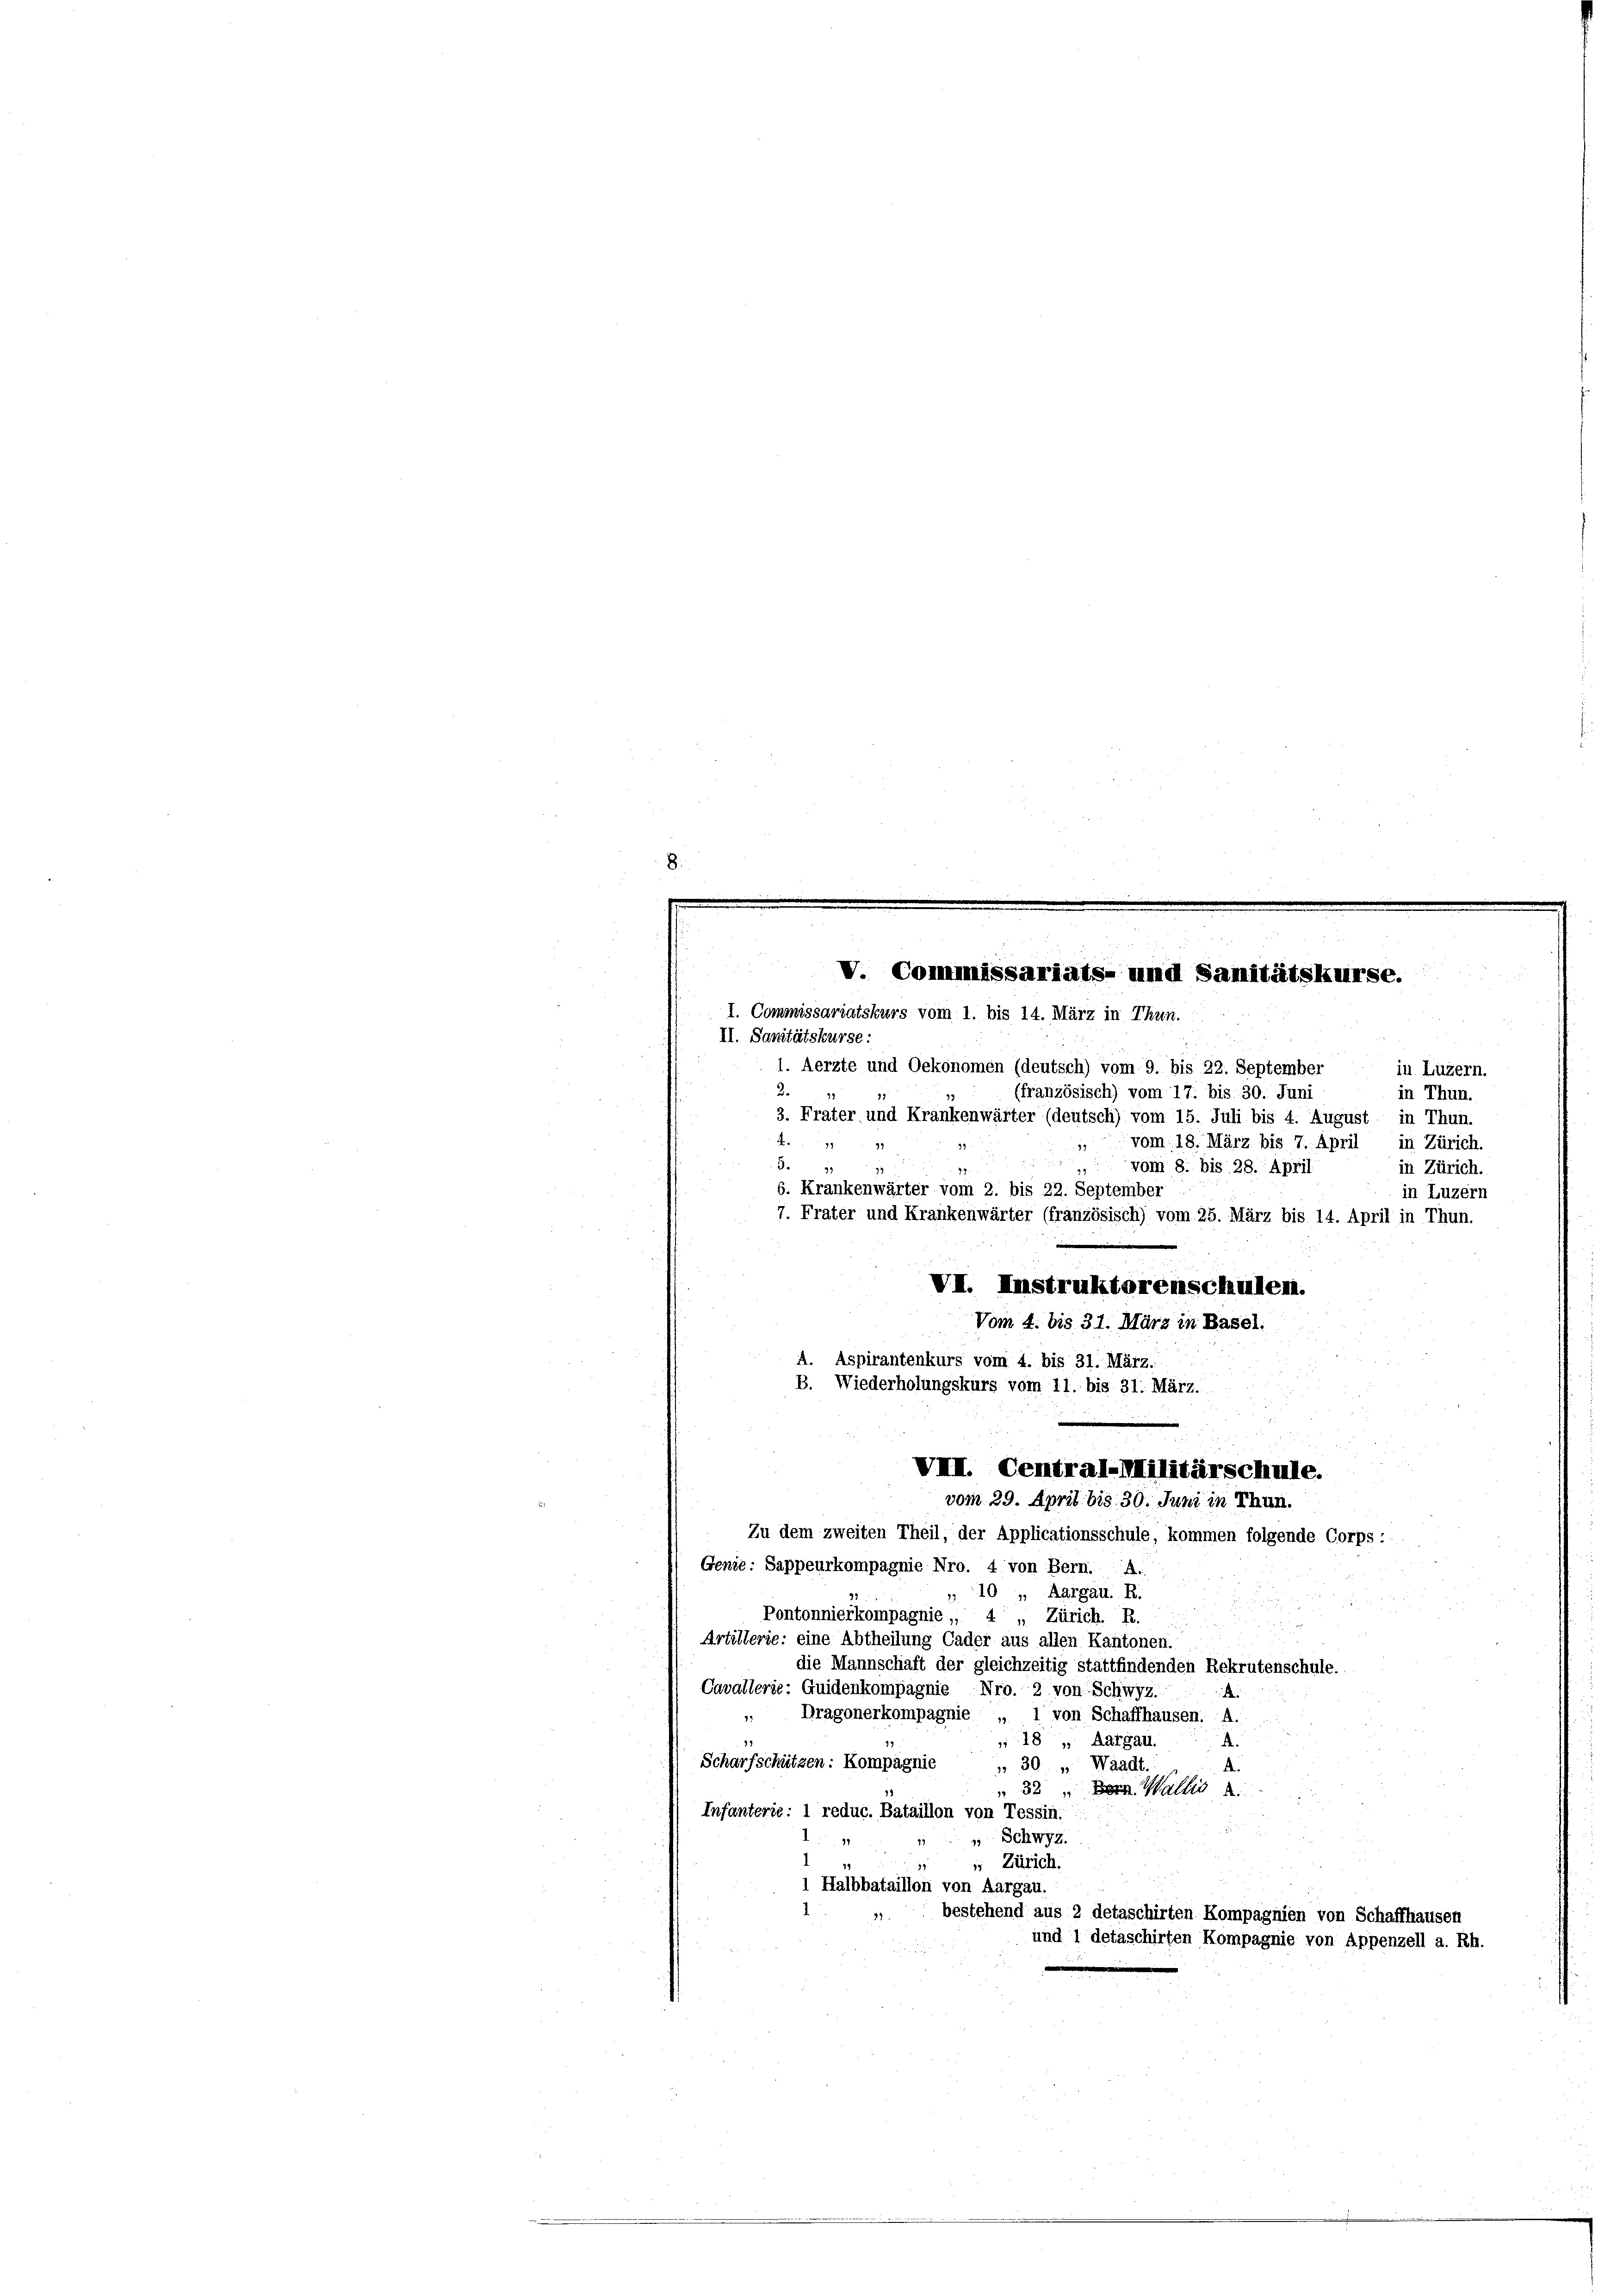
II. Sanitätskurse:
3. 11

1. Commissariatskurs vom 1. bis 14. März in Thun.
1. Aerzte und Oekonomen (deutsch) vom 9. bis 22. September in Luzern.
(französisch) vom 17. bis 30. Juni
3. Frater und Krankenwärter (deutsch) vom 15. Juli bis 4. August in Thun.
17.
6. Krankenwärter vom 2. bis 22. September
7. Frater und Krankenwärter (französisch) vom 25. März bis 14. April in Thun.
VI. Instruktorenschulen.
Vom 4. bis 31. März in Basel.
A. Aspirantenkurs vom 4. bis 31. März.
B. Wiederholungskurs vom 11. bis 31. März.
VIII. Central-Militärschule.
vom 29. April bis 30. Juni in Thun.
Zu dem zweiten Theil, der Applicationsschule, kommen folgende Corps:
Genie: Sappeurkompagnie Nro. 4 von Bern. A.
10 „ Aargau. R.
s
Pontonnierkompagnie, 4 „ Zürich. R.
Artillerie: eine Abtheilung Cader aus allen Kantonen.
die Mannschaft der gleichzeitig stattfindenden Rekrutenschule.

V. Commissariats- und Sanitätskurse.

Cavallerie: Quidenkompagnie Nro. 2 von Schwyz.
d
 Dragonerkompagnie „ 1 von Schaffhausen. A.
18 „ Aargau.
A.
Scharfschützen: Kompagnie
A.
 30 „ Waadt
32 " den Wallis
Infanterie: 1 reduc. Bataillon von Tessin.
 Schwyz.
 Zürich.
1 Halbbataillon von Aargau.
bestehend aus 2 detaschirten Kompagnien von Scha
und 1 detaschirten Kompagnie von Appenz

in Thun.
vom 18. März bis 7. April, in Zürich.
vom 8. bis 28. April
in Zürich.
in Luzern

ll a. Rh.